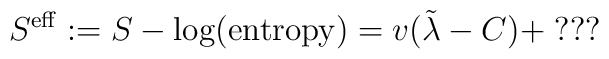
S^{\rm eff}:= S-\log ({\rm entropy})=v(\tilde\lambda -C)+\; ???